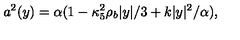
a ^ { 2 } ( y ) = \alpha ( 1 - \kappa _ { 5 } ^ { 2 } \rho _ { b } | y | / 3 + k | y | ^ { 2 } / \alpha ) ,